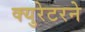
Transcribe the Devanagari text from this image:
क्युरेटरने